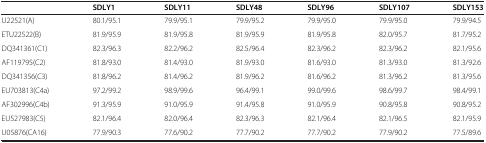
<table><thead><tr><td><b> </b></td><td><b>SDLY1</b></td><td><b>SDLY11</b></td><td><b>SDLY48</b></td><td><b>SDLY96</b></td><td><b>SDLY107</b></td><td><b>SDLY153</b></td></tr></thead><tbody><tr><td>U22521(A)</td><td>80.1/95.1</td><td>79.9/95.1</td><td>79.9/95.2</td><td>79.9/95.0</td><td>79.9/95.0</td><td>79.9/94.5</td></tr><tr><td>ETU22522(B)</td><td>81.9/95.9</td><td>81.9/95.8</td><td>81.9/95.9</td><td>81.9/95.8</td><td>82.0/95.7</td><td>81.7/95.2</td></tr><tr><td>DQ341361(C1)</td><td>82.3/96.3</td><td>82.2/96.2</td><td>82.5/96.4</td><td>82.3/96.2</td><td>82.3/96.2</td><td>82.1/95.6</td></tr><tr><td>AF119795(C2)</td><td>81.8/93.0</td><td>81.4/93.0</td><td>81.9/93.0</td><td>81.6/93.0</td><td>81.3/93.0</td><td>81.3/92.6</td></tr><tr><td>DQ341356(C3)</td><td>81.8/96.2</td><td>81.4/96.2</td><td>81.9/96.2</td><td>81.6/96.2</td><td>81.3/96.2</td><td>81.3/95.6</td></tr><tr><td>EU703813(C4a)</td><td>97.2/99.2</td><td>98.9/99.6</td><td>96.4/99.1</td><td>99.0/99.6</td><td>98.6/99.7</td><td>98.4/99.1</td></tr><tr><td>AF302996(C4b)</td><td>91.3/95.9</td><td>91.0/95.9</td><td>91.4/95.8</td><td>91.0/95.9</td><td>90.8/95.8</td><td>90.8/95.2</td></tr><tr><td>EU527983(C5)</td><td>82.1/96.4</td><td>82.0/96.4</td><td>82.3/96.3</td><td>82.1/96.4</td><td>82.1/96.5</td><td>82.1/95.9</td></tr><tr><td>U05876(CA16)</td><td>77.9/90.3</td><td>77.6/90.2</td><td>77.7/90.2</td><td>77.7/90.2</td><td>77.9/90.2</td><td>77.5/89.6</td></tr></tbody></table>